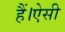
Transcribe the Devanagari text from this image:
हैं।ऐसी